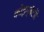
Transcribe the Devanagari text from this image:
कोइम्बॅटोरे